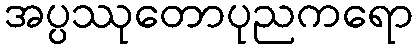
အပ္ပဿုတောပုညကရော